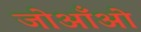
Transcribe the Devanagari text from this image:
जोआँओ